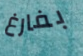
بفارغ